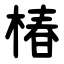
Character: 椿